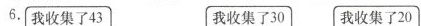
6.我收集了43 我收集了30|我收集了20